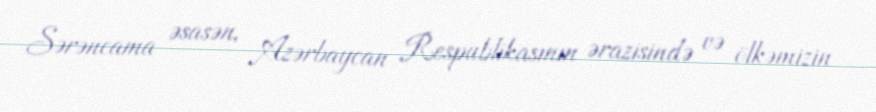
Sərəncama əsasən, Azərbaycan Respublikasının ərazisində və ölkəmizin